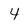
Character: 4